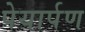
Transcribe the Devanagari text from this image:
पेयार्पण